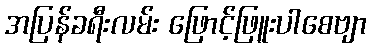
အပြန်ခရီးလမ်း ဖြောင့်ဖြူးပါစေဗျာ